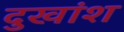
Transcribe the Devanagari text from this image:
दुखांश